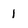
Character: l